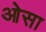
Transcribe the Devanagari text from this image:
ओसा